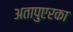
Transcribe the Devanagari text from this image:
अतापुएरका